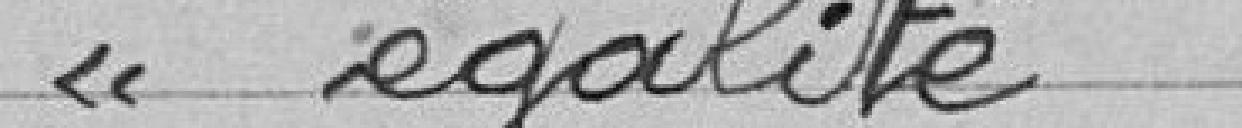
égalité: